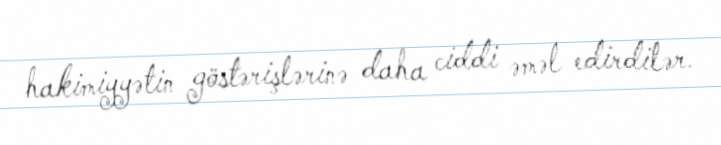
hakimiyyətin göstərişlərinə daha ciddi əməl edirdilər.